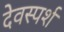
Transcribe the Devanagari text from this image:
देवस्पर्श